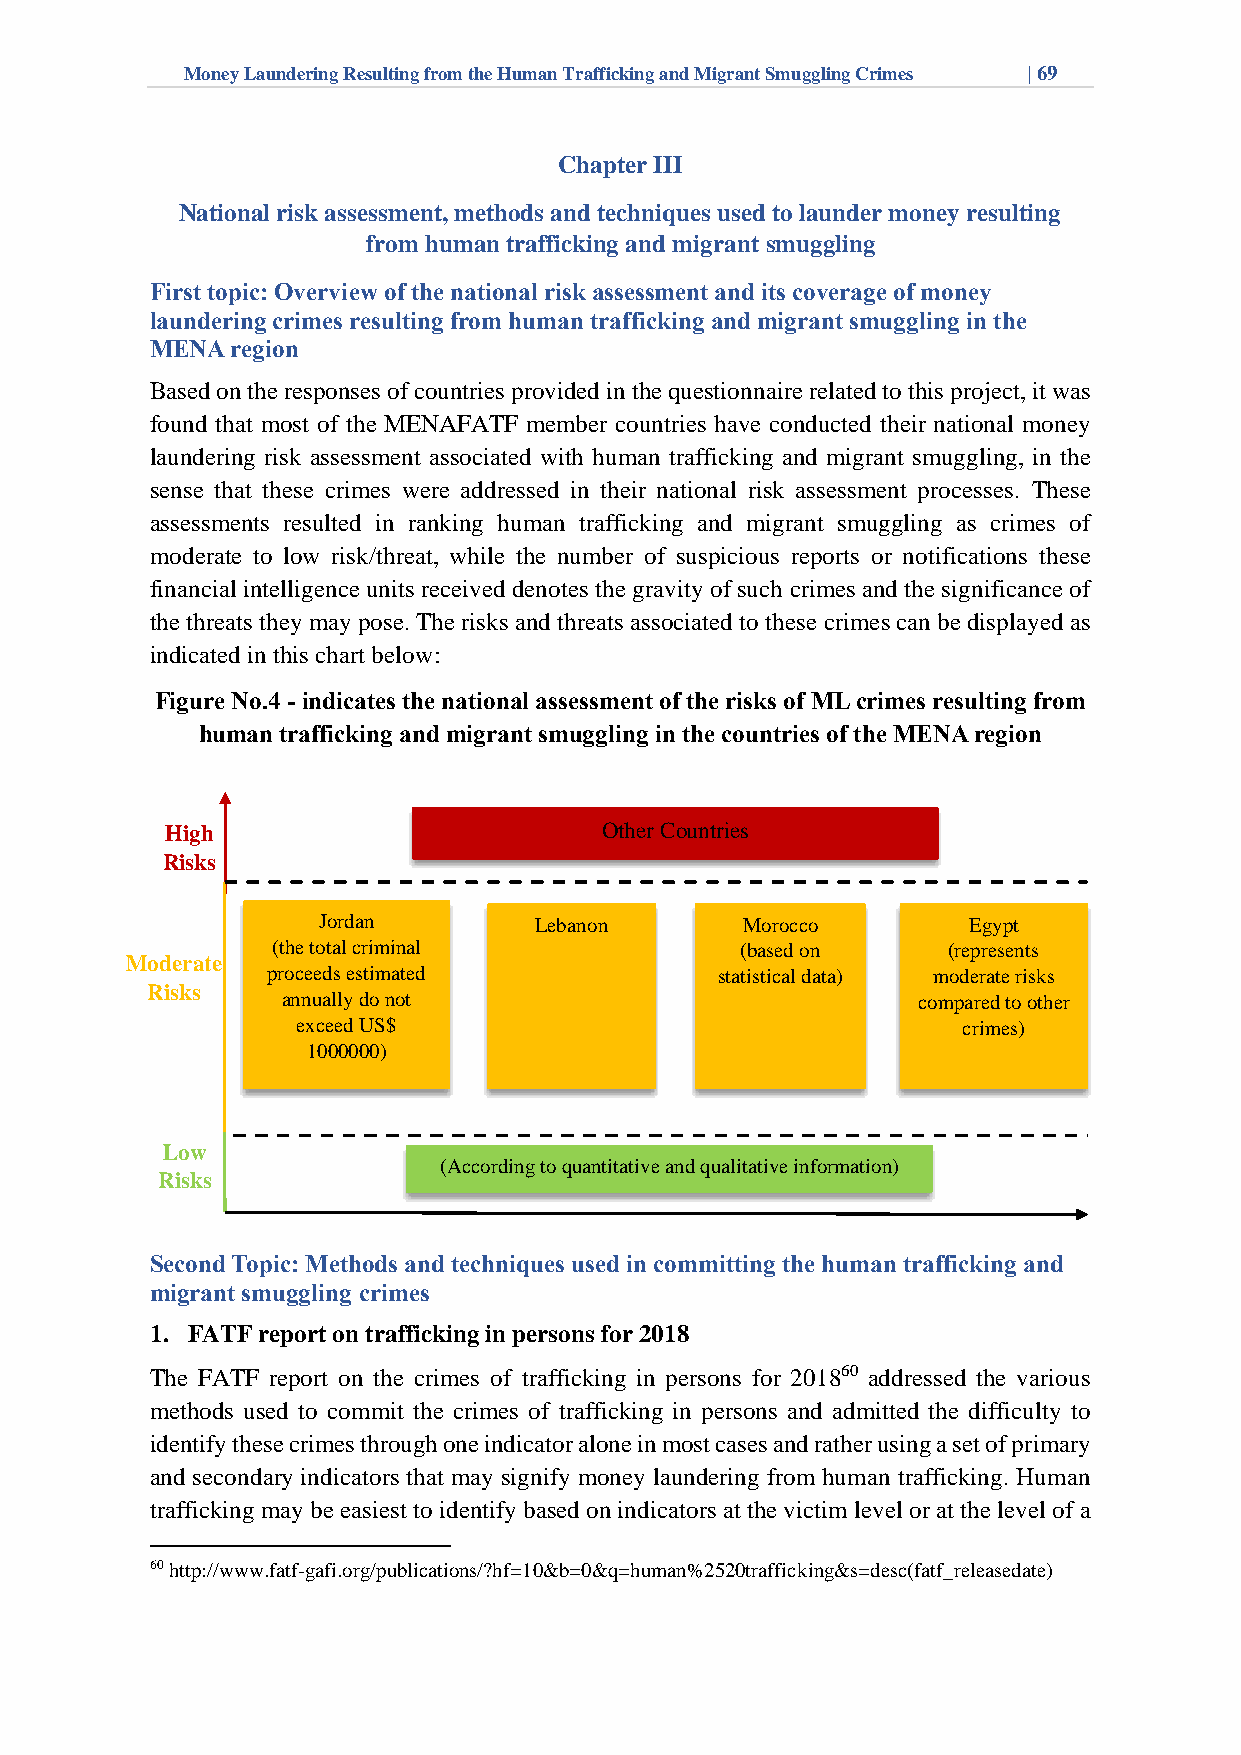
Money Laundering Resulting from the Human Trafficking and Migrant Smuggling Crimes | 69
 Chapter III
 National risk assessment, methods and techniques used to launder money resulting
 from human trafficking and migrant smuggling
 First topic: Overview of the national risk assessment and its coverage of money
 laundering crimes resulting from human trafficking and migrant smuggling in the
 MENA region
 Based on the responses of countries provided in the questionnaire related to this project, it was
 found that most of the MENAFATF member countries have conducted their national money
 laundering risk assessment associated with human trafficking and migrant smuggling, in the
 sense that these crimes were addressed in their national risk assessment processes. These
 assessments resulted in ranking human trafficking and migrant smuggling as crimes of
 moderate to low risk/threat, while the number of suspicious reports or notifications these
 financial intelligence units received denotes the gravity of such crimes and the significance of
 the threats they may pose. The risks and threats associated to these crimes can be displayed as
 indicated in this chart below:
 Figure No.4 - indicates the national assessment of the risks of ML crimes resulting from
 human trafficking and migrant smuggling in the countries of the MENA region
 High                         Other Countries
 Risks
 Jordan        Lebanon       Morocco        Egypt
 (the total criminal            (based on     (represents
 Moderate
 proceeds estimated           statistical data) moderate risks
 Risks
 annually do not                           compared to other
 exceed US$                                  crimes)
 1000000)
 Low
 (According to quantitative and qualitative information)
 Risks
 Second Topic: Methods and techniques used in committing the human trafficking and
 migrant smuggling crimes
 1. FATF report on trafficking in persons for 2018
 The FATF report on the crimes of trafficking in persons for 201860 addressed the various
 methods used to commit the crimes of trafficking in persons and admitted the difficulty to
 identify these crimes through one indicator alone in most cases and rather using a set of primary
 and secondary indicators that may signify money laundering from human trafficking. Human
 trafficking may be easiest to identify based on indicators at the victim level or at the level of a
 60 http://www.fatf-gafi.org/publications/?hf=10&b=0&q=human%2520trafficking&s=desc(fatf_releasedate)